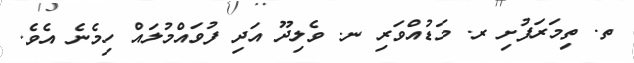
ތ. ތިމަރަފުށި ރ. މަޑުއްވަރި ނ. ވެލިދޫ އަދި ފުވައްމުލައް ހިމެނެ އެވެ.